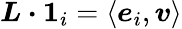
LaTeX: \boldsymbol{L}\boldsymbol{\cdot}\boldsymbol{1}_{i}=\langle\boldsymbol{e}_{i},\boldsymbol{v}\rangle